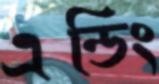
এন্ডিং